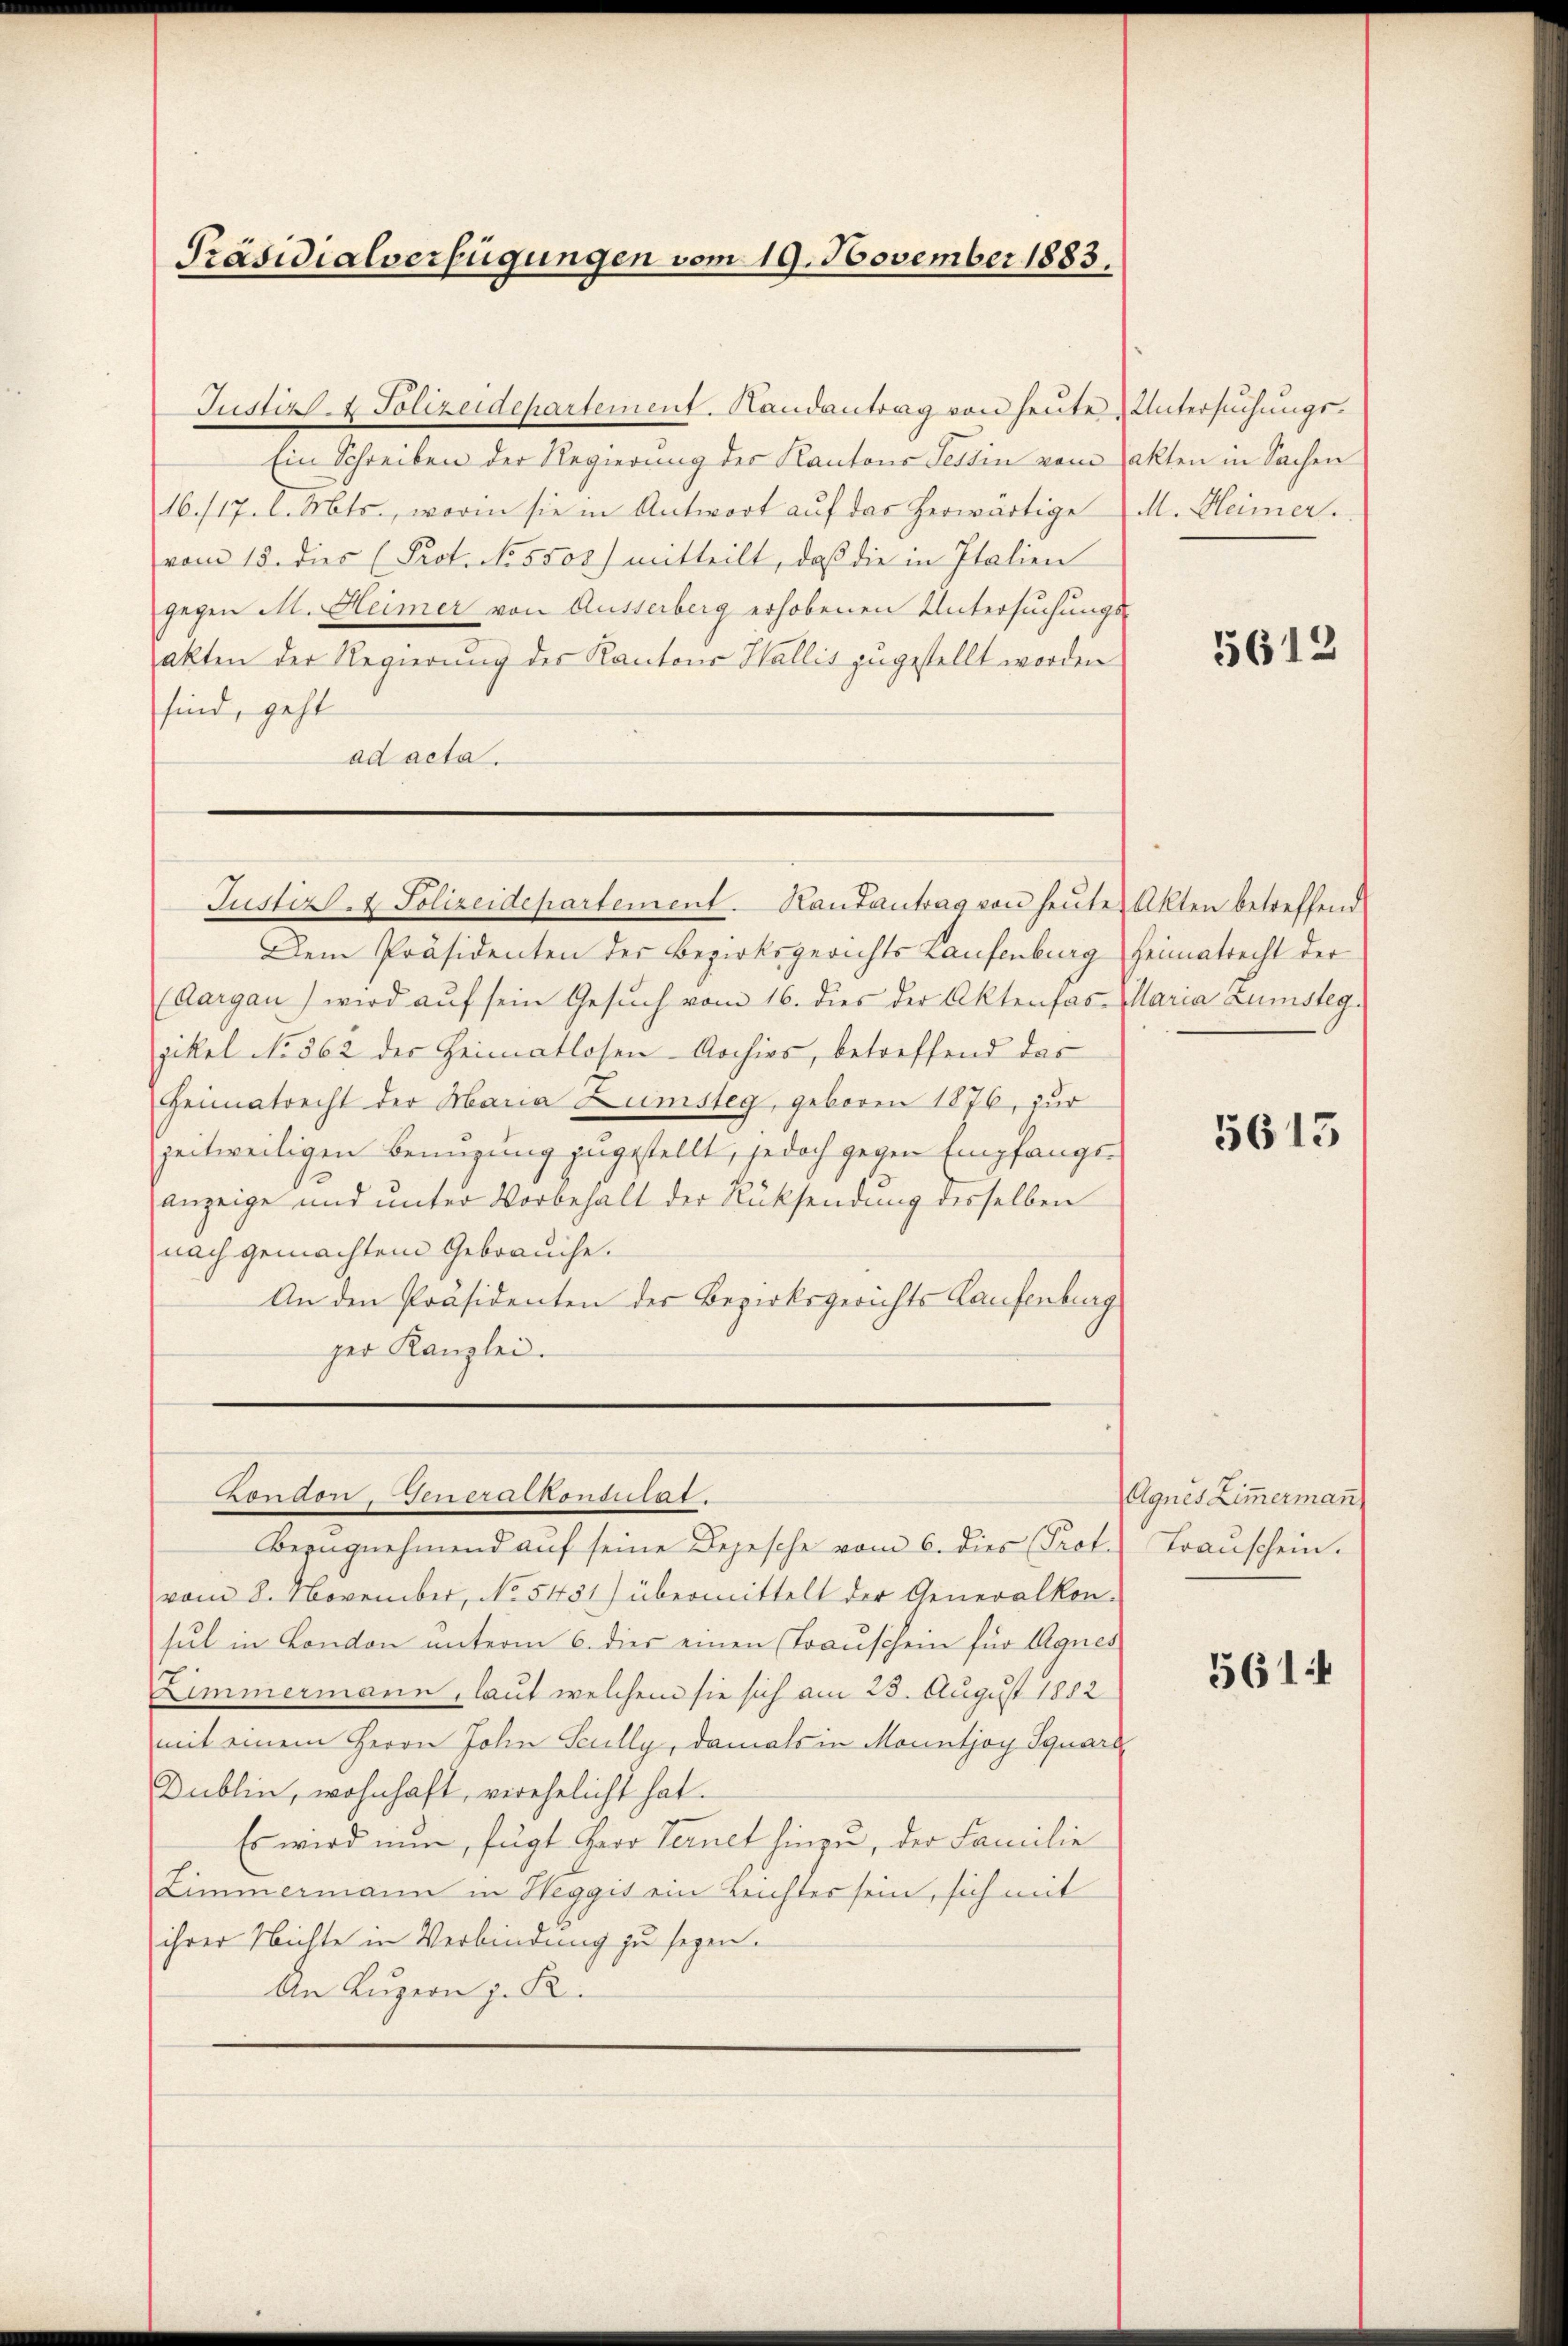
Präsidialverfügungen vom 19. November 1883.

Justiz & Polizeidepartement. Handantrag von heute Untersuchungs¬
Ein Schreiben der Regierung der Kantons Tessin vom Takten in Sachen
16./17. d. Mts., worin sie in Antwort auf das herwärtige
vom 15. dies (Prot. No 5500) mitteilt, daß die in Italien
gegen M. Heimer von Äusserberg erhobenen Untersuchungs-
akten der Regierung des Kantons Wallis zugestellt worden
sind, geht
ad acta.

Justiz- & Polizeidepartement. Kantantrag von heute Akten betreffend

Dem Präsidenten der Bezirksgerichts Laufenburg
(Aargau) wird aŭf sein Gesŭch vom 16. dies der Aktenfas-
pikel No 362 des Heimatlosen-Archivs, betreffend das
Heimatrecht der Maria Lumsteg, geboren 1876, zur
zeitweiligen Benuzung zugestellt, jedoch gegen Empfange
anzeige und unter Vorbehalt der Rücksendung desselben
nach gemachtem Gebrauche.
An den Präsidenten der Bezirksgerichts Kaufenburg
ger Kanzlei.

Condon. Jeneralkonsutat.

Bezugnehmend auf seine Depesche vom 6. dies Prof.
vom 8. November, No 5451) übermittelt der Generalkon-
sul in Condon unterm 6. dies einen (Trauschein für Agnes
Zimmermann, laut welchem sie sich am 25. August 1882
mit einem Herrn John Scully, damals in Mountjoy Squart
Dublin, wohnhaft, verehelicht hat.
Es wird nun, fügt Herr Fernet hinzu, der Familie
Zimmermann in Heggis ein Leichtes sein, sich mit
ihrer Nichte in Verbindung zu segen.
An Luzern z. R.

M. Heimer

5612

Heimatrecht der
Maria Zumsteg.

5613

Agnes Zim̅erman
Trauschein.

561